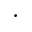
\cdot